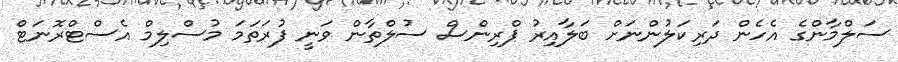
ސަލްމާންގެ އެހެން ދަރިކަލުންނަށް ބަލާއިރު ޕްރިންސް ސުލްތާން ވަނީ ފުރަތަމަ މުސްލިމް އެސްޓްރޮނަޓް